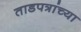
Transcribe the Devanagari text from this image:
ताडपत्रांच्या